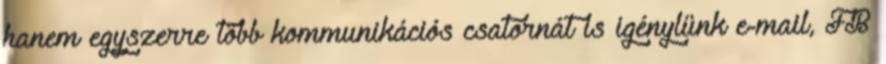
hanem egyszerre több kommunikációs csatornát is igénylünk e-mail, FB